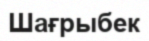
Шағрыбек